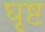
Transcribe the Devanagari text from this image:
घृष्ट